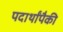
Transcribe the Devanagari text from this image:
पदार्थांपैकी